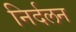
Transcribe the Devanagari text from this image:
निर्दलन